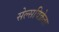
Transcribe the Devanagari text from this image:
सेल्सविक्रेता